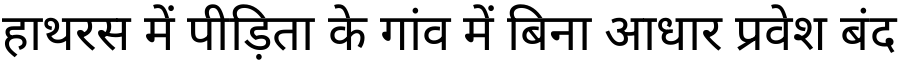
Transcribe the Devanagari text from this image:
हाथरस में पीड़िता के गांव में बिना आधार प्रवेश बंद